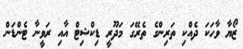
ޒޯޔާ ވާހަކަ ދެއްކި ތަރިންގެ ތެރޭގަ މަދޫރީ ޑިކްޝިޓް އާއި ރަވީނާ ޓެންޑަން